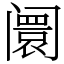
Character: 阛